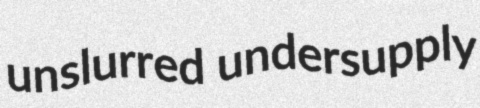
unslurred undersupply